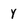
Character: y